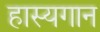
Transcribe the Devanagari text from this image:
हास्यगान